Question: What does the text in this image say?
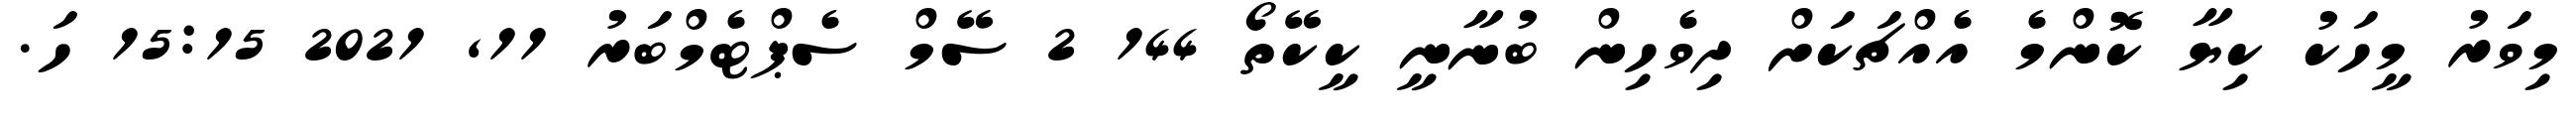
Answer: މިވަރު މީހަކު ކިޔާ ކޮންމެ އެއްޗަކަށް ދިވެހިން ބުނާނީ ކީކޭތޯ 144 2 ސޭމް ސެޕްޓެމްބަރު 11, 2021 15:15 ހަ.